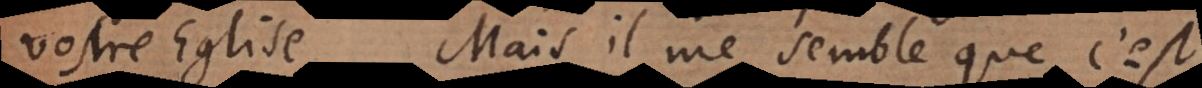
vostre Eglise. Mais il me semble que c’est